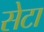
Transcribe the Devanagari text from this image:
सेटा